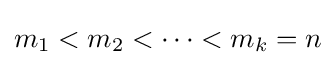
m_{1}<m_{2}<\cdots <m_{k}=n